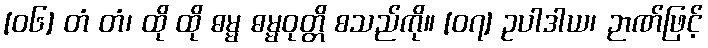
[၀၆] တံ တံ၊ ထို ထို ဓမ္မ ဓမ္မဝုတ္တိ စသည်ကို။ [၀၇] ဥပါဒါယ၊ ဉာဏ်ဖြင့်